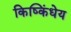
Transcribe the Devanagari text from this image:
किष्किंधेय